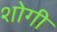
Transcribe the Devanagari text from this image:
शोगी